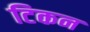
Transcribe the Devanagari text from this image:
टिकन